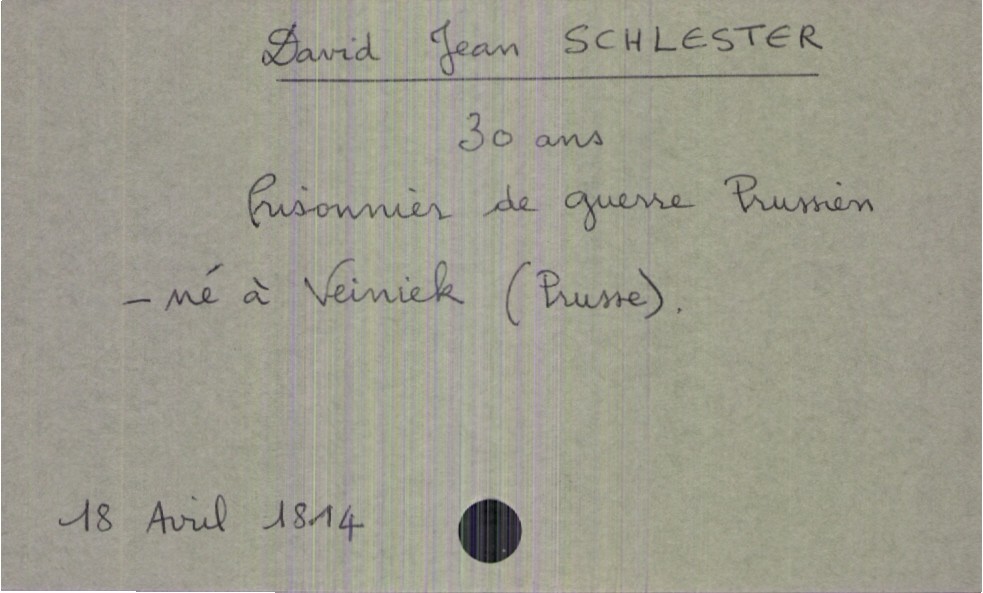
type_acte: Décès
année: 1814
mois: avril
jour: 18
défunt_nom: Schlester
défunt_prénom: David Jean
défunt_sexe: H
défunt_âge: 30 ans
défunt_profession: prisonnier de guerre prussien
défunt_lieu_de_naissance: Veiniek (Prusse)